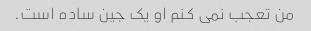
من تعجب نمی کنم او یک جین ساده است.